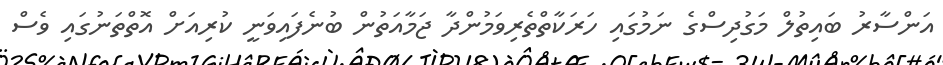
އަންސާރު ބައިތުލް މަގުދިސްގެ ނަމުގައި ހަރަކާތްތެރިވަމުންދާ ޖަމާއަތުން ބުނެފައިވަނީ ކުރިއަށް އޮތްތަނުގައި ވެސް